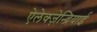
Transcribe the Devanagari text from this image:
ऐलेक्ज़ेन्द्रियाई